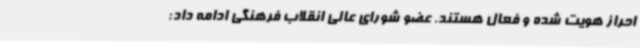
احراز هویت شده و فعال هستند. عضو شورای عالی انقلاب فرهنگی ادامه داد: